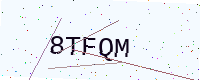
Text: 8TFQM